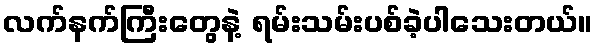
လက်နက်ကြီးတွေနဲ့ ရမ်းသမ်းပစ်ခဲ့ပါသေးတယ်။